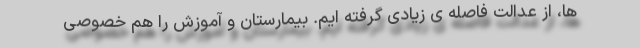
ها، از عدالت فاصله ی زیادی گرفته ایم. بیمارستان و آموزش را هم خصوصی